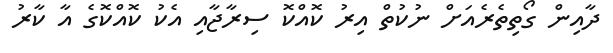
ދާއިން ގޯތިތެރެއަށް ނުކުތް އިރު ކޮއްކޮ ސިރާޖާއި އެކު ކޮއްކޮގެ އާ ކާރު